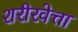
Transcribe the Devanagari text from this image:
शरीरवेत्ता